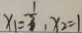
x _ { 1 } = \frac { 1 } { 3 } , x _ { 2 } = 1